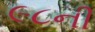
૯૮ની